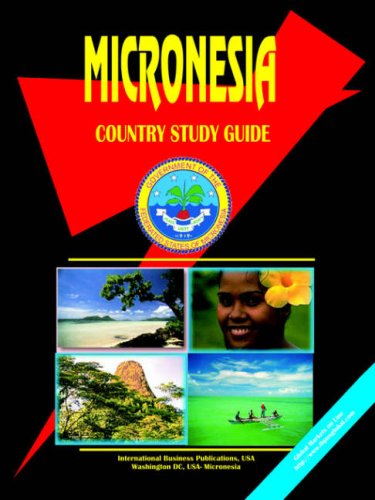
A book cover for Micronesia Country Study Guide; Ibp Usa; Travel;